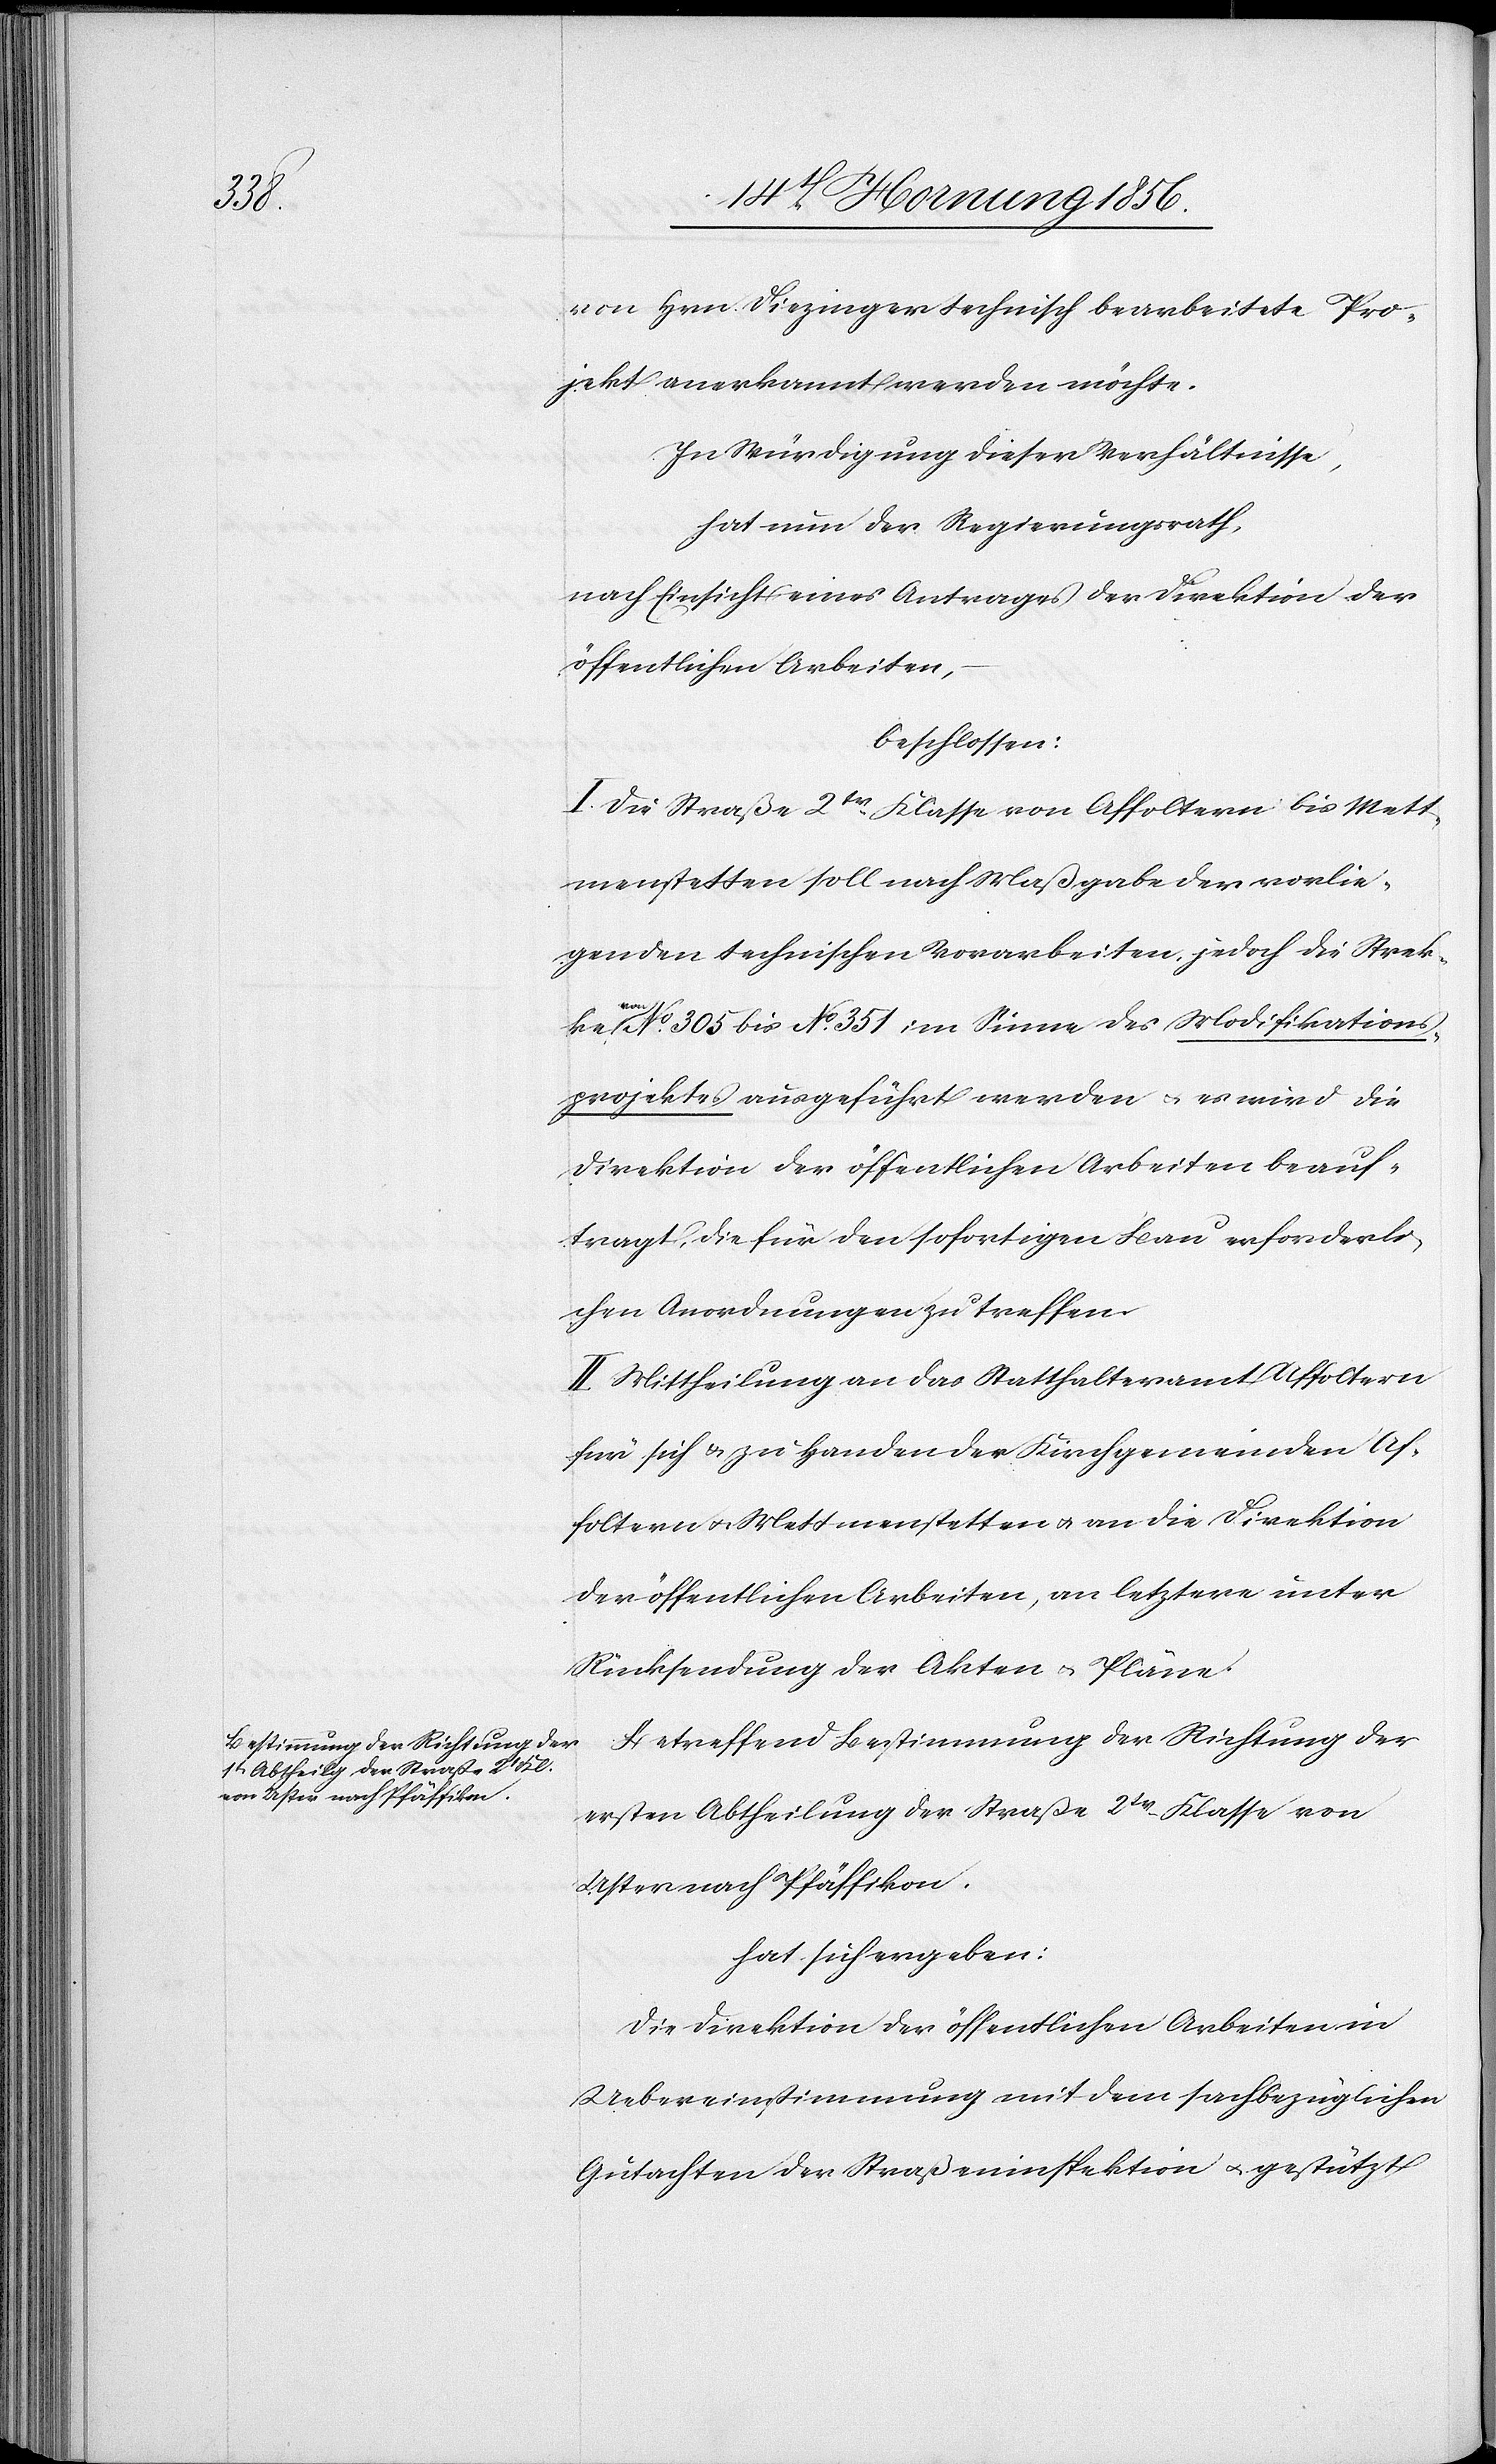
von Hrn. Diezinger technisch bearbeitete Pro¬
jekt anerkannt werden möchte.
In Würdigung dieser Verhältnisse,
hat nun der Regierungsrath,
nach Einsicht eines Antrages der Direktion der
öffentlichen Arbeiten,
beschlossen:
I. Die Straße 2tr Klasse von Affoltern bis Mett¬
menstetten soll nach Maßgabe der vorlie¬
genden technischen Vorarbeiten, jedoch die Strecke
No 305 bis No 351 im Sinne des Modifikations¬
projektes ausgeführt werden u. es wird die
Direktion der öffentlichen Arbeiten beauf¬
tragt, die für den sofortigen Bau erforderli¬
chen Anordnungen zu treffen.
II. Mittheilung an das Statthalteramt Affoltern
für sich u. zu Handen der Kirchgemeinde Af¬
foltern u. Mettmenstetten u. an die Direktion
der öffentlichen Arbeiten, an letztere unter
Rücksendung der Akten u. Pläne.
Betreffend Bestimmung der Richtung der
ersten Abtheilung der Straße 2tr Klasse von
Uster nach Pfäffikon,
hat sich ergeben:
Die Direktion der öffentlichen Arbeiten in
Uebereinstimmung mit dem sachbezüglichen
Gutachten der Straßeninspektion u. gestützt